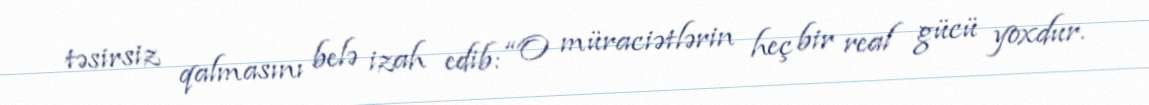
təsirsiz qalmasını belə izah edib: “O müraciətlərin heç bir real gücü yoxdur.